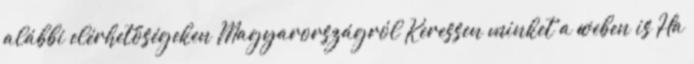
alábbi elérhetőségeken Magyarországról Keressen minket a weben is Ha